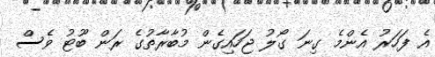
އެ ފަހަރު އެންމެ ގިނަ ގޯލު ޖަހައިގެން މުބާރާތުގެ ރަން ބޫޓު ވެސް